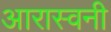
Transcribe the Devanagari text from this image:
आरास्वनी